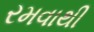
રમવાથી